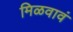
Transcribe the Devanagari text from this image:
मिळवावं